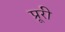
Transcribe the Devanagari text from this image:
प्रूरी